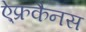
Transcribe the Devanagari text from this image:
ऐ्फ्रकैनस